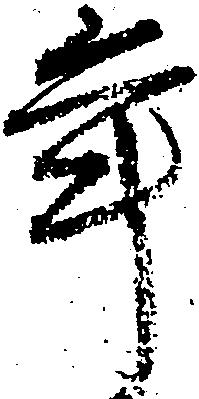
年